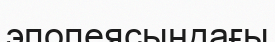
эпопеясындағы